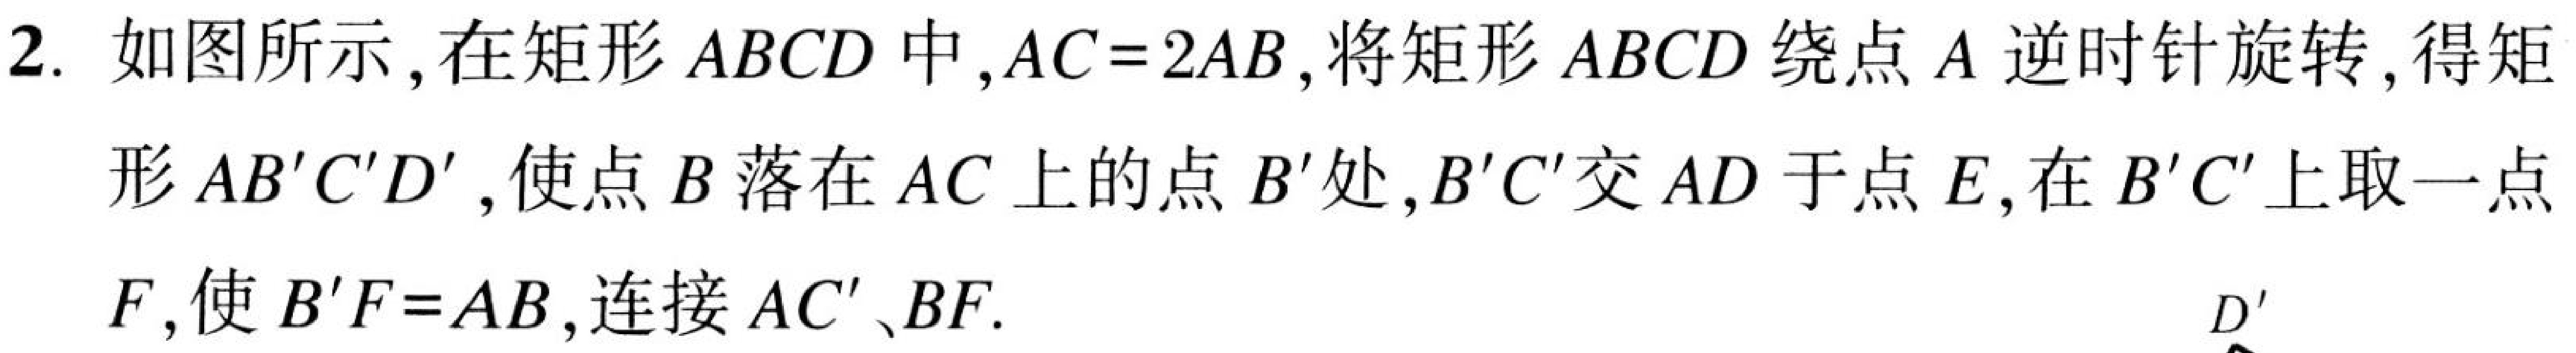
2. 如图所示，在矩形\(ABCD\)中，\(AC = 2AB\)，将矩形\(ABCD\)绕点\(A\)逆时针旋转，得矩
形\(AB'C'D'\)，使点\(B\)落在\(AC\)上的点\(B'\)处，\(B'C'\)交\(AD\)于点\(E\)，在\(B'C'\)上取一点
\(F\)，使\(B'F = AB\)，连接\(AC'\)、\(BF\).